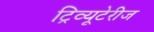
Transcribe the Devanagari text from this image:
ट्रिव्यूटेरीज